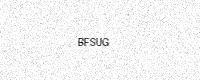
Text: BFSUG